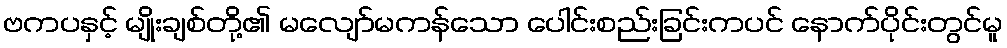
ဗကပနှင့် မျိုးချစ်တို့၏ မလျော်မကန်သော ပေါင်းစည်းခြင်းကပင် နောက်ပိုင်းတွင်မူ